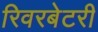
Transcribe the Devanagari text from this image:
रिवरबेटरी